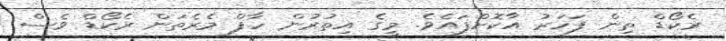
ރެކޯޑް ތިން ފަހަރު އާކޮށްފައެވެ. މީގެ އިތުރުން ހާފް މެރެތަން ރެކޯޑް ވެސް